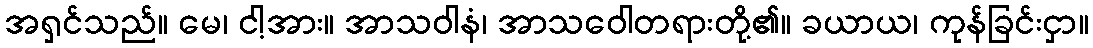
အရှင်သည်။ မေ၊ ငါ့အား။ အာသဝါနံ၊ အာသဝေါတရားတို့၏။ ခယာယ၊ ကုန်ခြင်းငှာ။